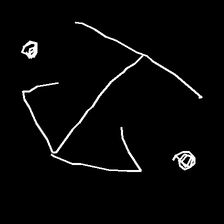
Glyph: earth